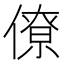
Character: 僚